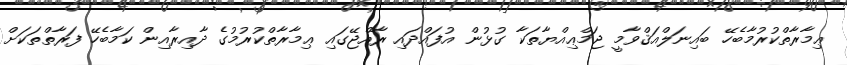
ޢިމާރާތްކުރުމާބެހޭ ބައިނަލްއަޤްވާމީ ޖަމްޢިއްޔާތަކާ ގުޅުން އުފައްދައި ރާއްޖޭގައި ޢިމާރާތްކުރުމުގެ ދާއިރާއިން ކަމާބެހޭ ފަރާތްތަކަށް